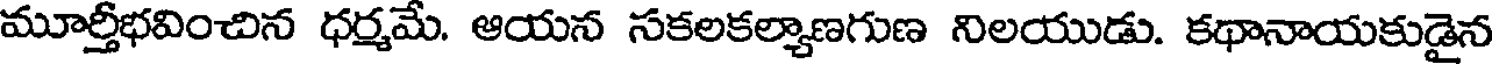
మూర్తీభవించిన ధర్మమే. ఆయన సకలకల్యాణగుణ నిలయుడు. కథానాయకుడైన